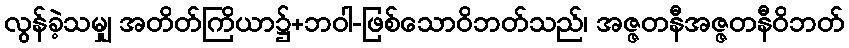
လွန်ခဲ့သမျှ အတိတ်ကြိယာ၌+ဘဝါ-ဖြစ်သောဝိဘတ်သည်၊ အဇ္ဇတနီအဇ္ဇတနီဝိဘတ်